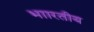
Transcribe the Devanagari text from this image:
भाारतीय